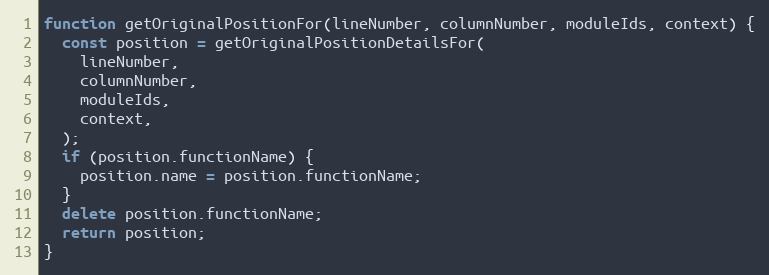
Language: JavaScript
function getOriginalPositionFor(lineNumber, columnNumber, moduleIds, context) {
  const position = getOriginalPositionDetailsFor(
    lineNumber,
    columnNumber,
    moduleIds,
    context,
  );
  if (position.functionName) {
    position.name = position.functionName;
  }
  delete position.functionName;
  return position;
}